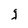
Character: g